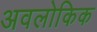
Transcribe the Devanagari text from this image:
अवलोकिक